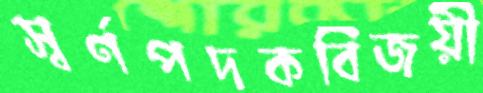
স্বর্ণপদকবিজয়ী